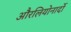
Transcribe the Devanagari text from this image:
औरलियोनार्दो